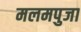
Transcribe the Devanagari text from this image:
मलमपुजा